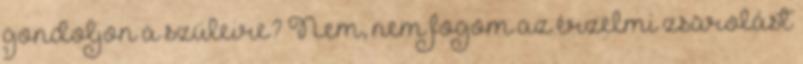
gondoljon a szüleire? Nem, nem fogom az érzelmi zsarolást